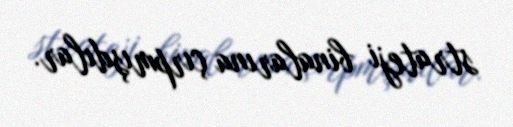
strateji binalarına çırpmışdılar.